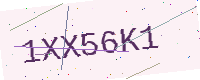
Text: 1XX56K1